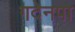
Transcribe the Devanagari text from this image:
गदेनपा